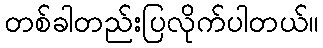
တစ်ခါတည်းပြလိုက်ပါတယ်။